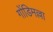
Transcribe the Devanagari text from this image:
गोंडिमल्ला